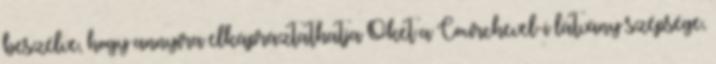
beszélve, hogy annyira elkápráztathatja Őket a Courchevel-i látvány szépsége,